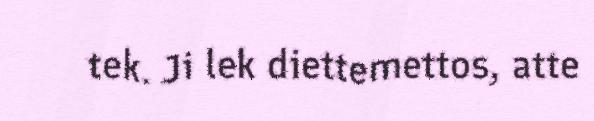
tek. Ji lek diettemettos, atte